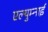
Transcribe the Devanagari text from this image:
एल्युम्नाई